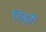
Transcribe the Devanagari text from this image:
डिबूती